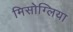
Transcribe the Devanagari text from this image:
मिसोग्लिया